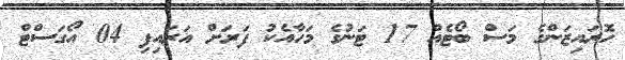
ހޮރައިޒަންގެ މަސް ބޯޓެއް 17 ޓަނުގެ މަހާއެކު ފަރަށް އަރައިފި 04 އޯގަސްޓް